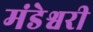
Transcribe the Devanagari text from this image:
मंडेश्वरी